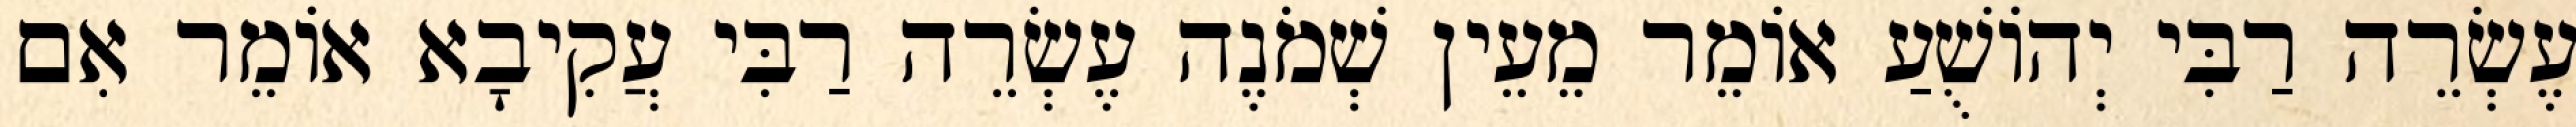
עֶשְׂרֵה רַבִּי יְהוֹשֻׁעַ אוֹמֵר מֵעֵין שְׁמֹנֶה עֶשְׂרֵה רַבִּי עֲקִיבָא אוֹמֵר אִם